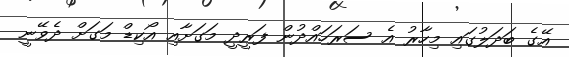
އޭގެ ބަދަލުގައި މިހާރު އެ ސަރަހައްދުން ފަރީދީ މަގަށާއި އޯކިޑް މަގަށް ދެވޭނީ